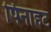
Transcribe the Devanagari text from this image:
पिनाहट